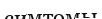
симтомы